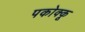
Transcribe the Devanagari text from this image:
पकोक्कू